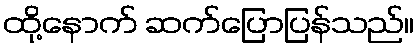
ထို့နောက် ဆက်ပြောပြန်သည်။